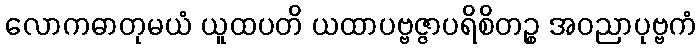
လောကဓာတုမယံ ယူထပတိ ယထာပဗ္ဗဇ္ဇာပရိစိတဉ္စ အဝညာပုဗ္ဗကံ